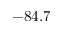
- 8 4 . 7